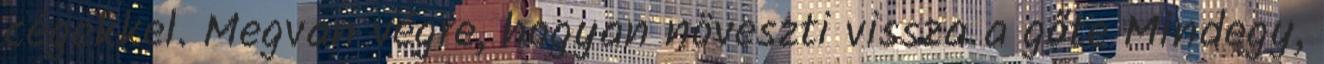
cégekkel. Megvan végre, hogyan növeszti vissza a gőte Mindegy,